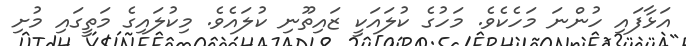
އަޅާފައި ހުންނަ މަހެކެވެ. މަހުގެ ކުލައަކީ ޒައިތޫނި ކުލައެވެ. މިކުލައިގެ މަތީގައި މުށި